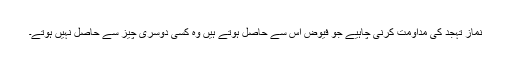
نمازِ تہجّد کی مداومت کرنی چاہیے جو فیوض اِس سے حاصل ہوتے ہیں وہ کسی دوسری چیز سے حاصل نہیں ہوتے۔